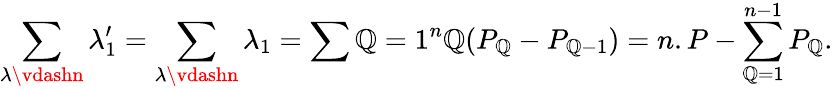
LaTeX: \sum_{\lambda\vdashn}\lambda_{1}^{\prime}=\sum_{\lambda\vdashn}\lambda_{1}=\sum{\mathbb{Q}=1}^{n}\mathbb{Q}(P_{\mathbb{Q}}-P_{\mathbb{Q}-1})=n.P-\sum_{\mathbb{Q}=1}^{n-1}P_{\mathbb{Q}}{}.